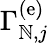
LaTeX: \Gamma_{\mathbb{N},j}^{\left(\mathrm{{e}}\right)}